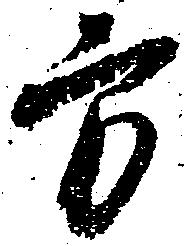
方